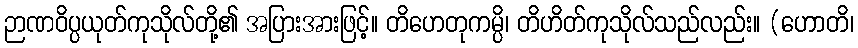
ဉာဏဝိပ္ပယုတ်ကုသိုလ်တို့၏ အပြားအားဖြင့်။ တိဟေတုကမ္ပိ၊ တိဟိတ်ကုသိုလ်သည်လည်း။ (ဟောတိ၊